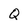
Character: Q